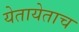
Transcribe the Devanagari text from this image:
येतायेताच